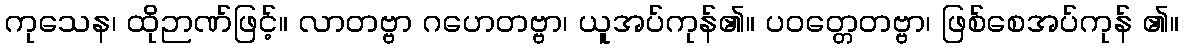
ကုသေန၊ ထိုဉာဏ်ဖြင့်။ လာတဗ္ဗာ ဂဟေတဗ္ဗာ၊ ယူအပ်ကုန်၏။ ပဝတ္တေတဗ္ဗာ၊ ဖြစ်စေအပ်ကုန် ၏။